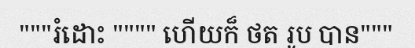
"""រំដោះ """" ហើយក៏ ថត រូប បាន"""